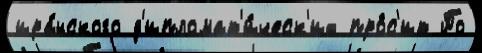
ира́нского д'ипломат'и́ческ'их про́с'ит По